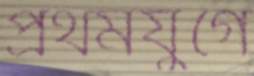
প্রথমযুগে